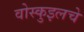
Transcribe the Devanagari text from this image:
वोस्कुइलचे